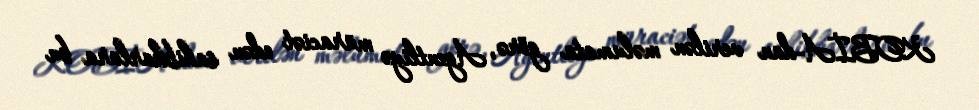
KOBİA-dan verilən məlumata görə, Agentliyə müraciət edən sahibkarlara bu